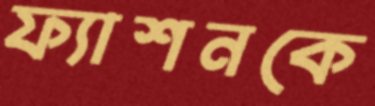
ফ্যাশনকে